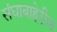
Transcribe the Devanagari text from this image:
संघाबाहेरील